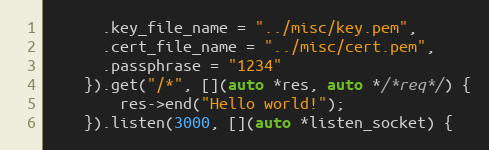
Language: C++
	  .key_file_name = "../misc/key.pem",
	  .cert_file_name = "../misc/cert.pem",
	  .passphrase = "1234"
	}).get("/*", [](auto *res, auto */*req*/) {
	    res->end("Hello world!");
	}).listen(3000, [](auto *listen_socket) {